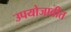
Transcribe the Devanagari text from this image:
उपयोजावीत